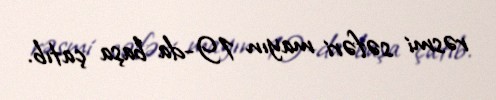
rəsmi səfəri mayın 19-da başa çatıb.